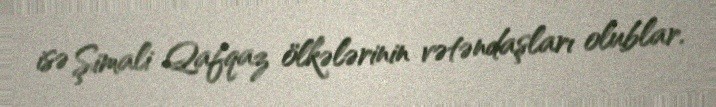
isə Şimali Qafqaz ölkələrinin vətəndaşları olublar.